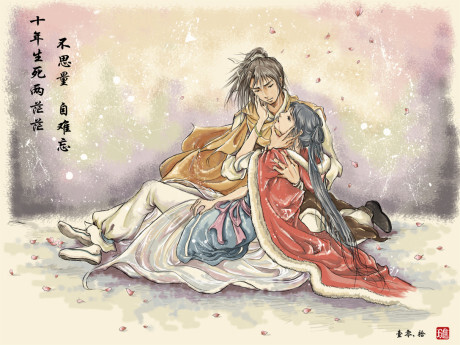
十年生死两茫茫，不思量，自难忘。